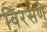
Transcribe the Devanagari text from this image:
विरसणे